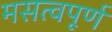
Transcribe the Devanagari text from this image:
मसत्वपूर्ण